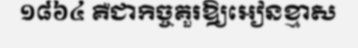
១៨៦៤ គឺជាកិច្ចគួរឱ្យអៀនខ្មាស